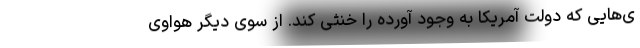
ی‌هایی که دولت آمریکا به وجود آورده را خنثی کند. از سوی دیگر هواوی